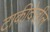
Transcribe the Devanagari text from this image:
टाकीदेखील